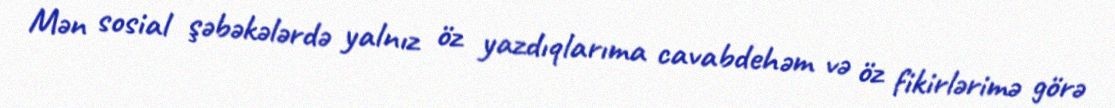
Mən sosial şəbəkələrdə yalnız öz yazdıqlarıma cavabdehəm və öz fikirlərimə görə